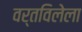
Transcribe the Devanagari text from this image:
वर्तविलेला